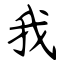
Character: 我